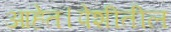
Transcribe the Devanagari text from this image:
आहेत।पेशीतील